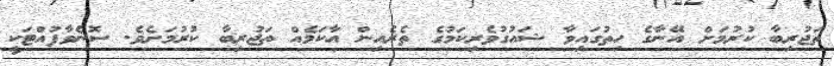
ތަޖުރިބާ ކުރުމަށް އޭނާގެ ހިތުގައިވާ ޝައުގުވެރިކަމުގެ ތެރެއިން އާކަމެއް ތަޖުރިބާ ކުރުމަށެވެ. ސޮނެވާފުއްޓަކީ